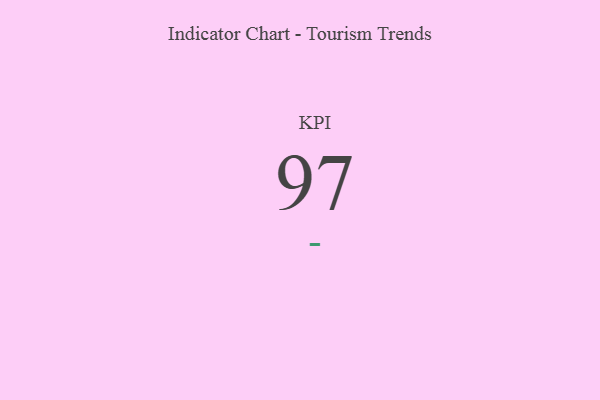
{"axis": {"x": "KPI", "y": "Value"}, "legend": [""], "data": [{"x": "KPI", "y": 97, "type": ""}]}